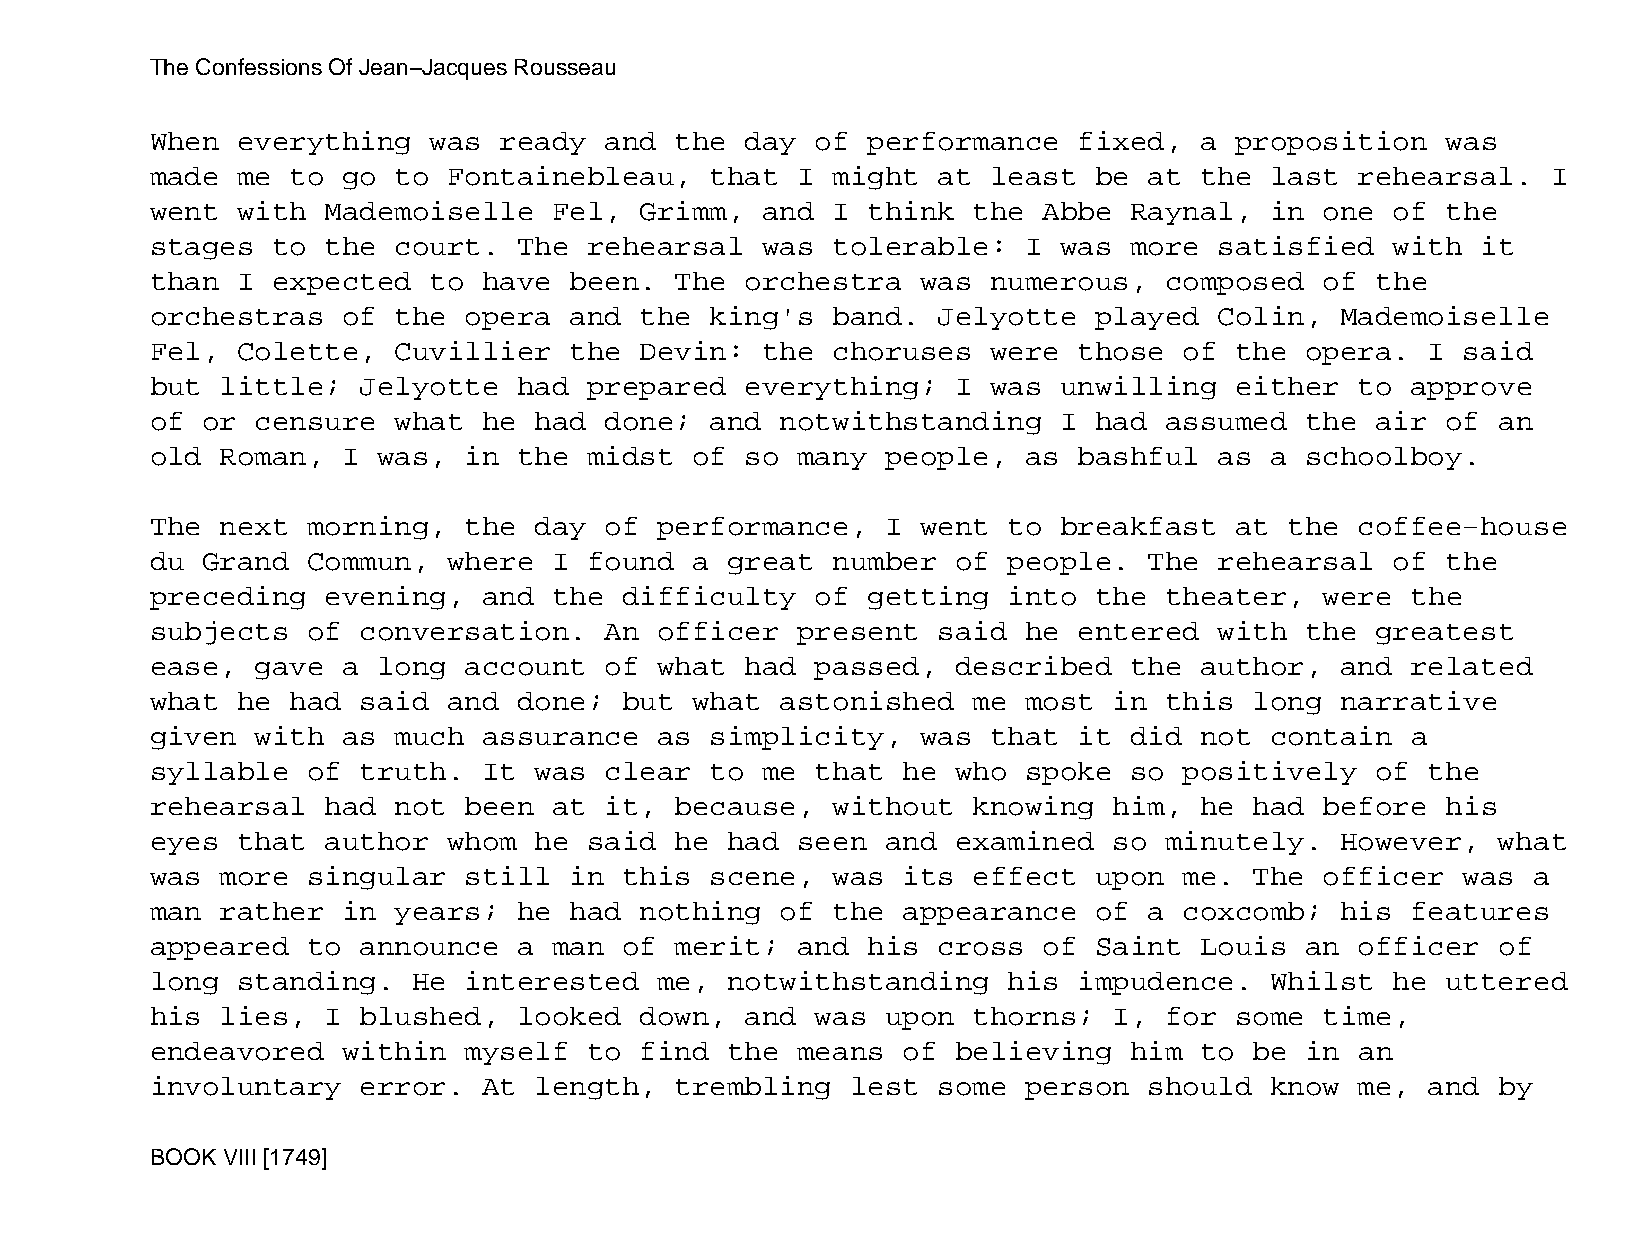
The Confessions Of Jean−Jacques Rousseau
 When  everything  was  ready  and  the day  of performance   fixed,  a  proposition   was
 made  me to  go to  Fontainebleau,   that  I might  at  least be  at the  last  rehearsal.   I
 went  with  Mademoiselle   Fel, Grimm,  and  I think  the  Abbe  Raynal,  in  one of  the
 stages  to  the court.  The  rehearsal  was  tolerable:   I was  more  satisfied  with  it
 than  I expected  to  have  been.  The orchestra   was  numerous,  composed   of the
 orchestras   of the  opera  and the  king's  band.  Jelyotte  played   Colin,  Mademoiselle
 Fel,  Colette,  Cuvillier   the Devin:  the  choruses   were those  of  the opera.   I said
 but  little;  Jelyotte  had  prepared  everything;   I  was unwilling   either  to approve
 of or  censure  what  he had  done;  and  notwithstanding   I had  assumed  the  air  of an
 old  Roman,  I was,  in the  midst  of so  many  people,  as bashful   as a schoolboy.
 The  next morning,   the day  of  performance,   I went  to breakfast   at the  coffee−house
 du Grand  Commun,   where  I found  a great  number  of  people.  The  rehearsal  of  the
 preceding   evening,  and  the difficulty   of getting   into the  theater,   were the
 subjects  of  conversation.   An  officer  present  said  he entered   with the  greatest
 ease,  gave  a long  account  of  what had  passed,  described   the author,   and related
 what  he had  said  and done;  but  what  astonished  me  most  in this  long  narrative
 given  with  as much  assurance   as simplicity,   was  that it  did not  contain  a
 syllable  of  truth.  It was  clear  to me  that  he who  spoke  so positively   of  the
 rehearsal   had not  been  at it,  because,  without  knowing   him, he  had  before  his
 eyes  that  author  whom he  said  he had  seen  and examined   so minutely.   However,  what
 was  more singular   still  in this  scene,  was  its effect  upon  me.  The  officer  was a
 man  rather  in years;  he  had nothing   of the  appearance  of  a coxcomb;   his features
 appeared  to  announce  a  man of  merit;  and his  cross  of Saint  Louis  an  officer  of
 long  standing.  He  interested   me, notwithstanding    his impudence.   Whilst  he  uttered
 his  lies,  I blushed,  looked  down,  and  was  upon thorns;   I, for  some  time,
 endeavored   within  myself  to find  the  means  of believing   him to  be in  an
 involuntary   error.  At length,   trembling  lest  some  person  should  know  me,  and by
 BOOK VIII [1749]